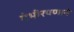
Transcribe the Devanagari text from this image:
गंभीरपणाने